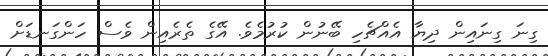
ގިނަ ގިނައިން ދިޔާ އެއްޗެހި ބޭނުން ކުރުމެވެ. އޭގެ ތެރެއިން ވެސް ހަންގަނޑަށް